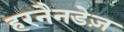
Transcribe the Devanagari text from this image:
हरनैनडेज़